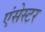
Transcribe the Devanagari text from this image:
एंसेस्टर